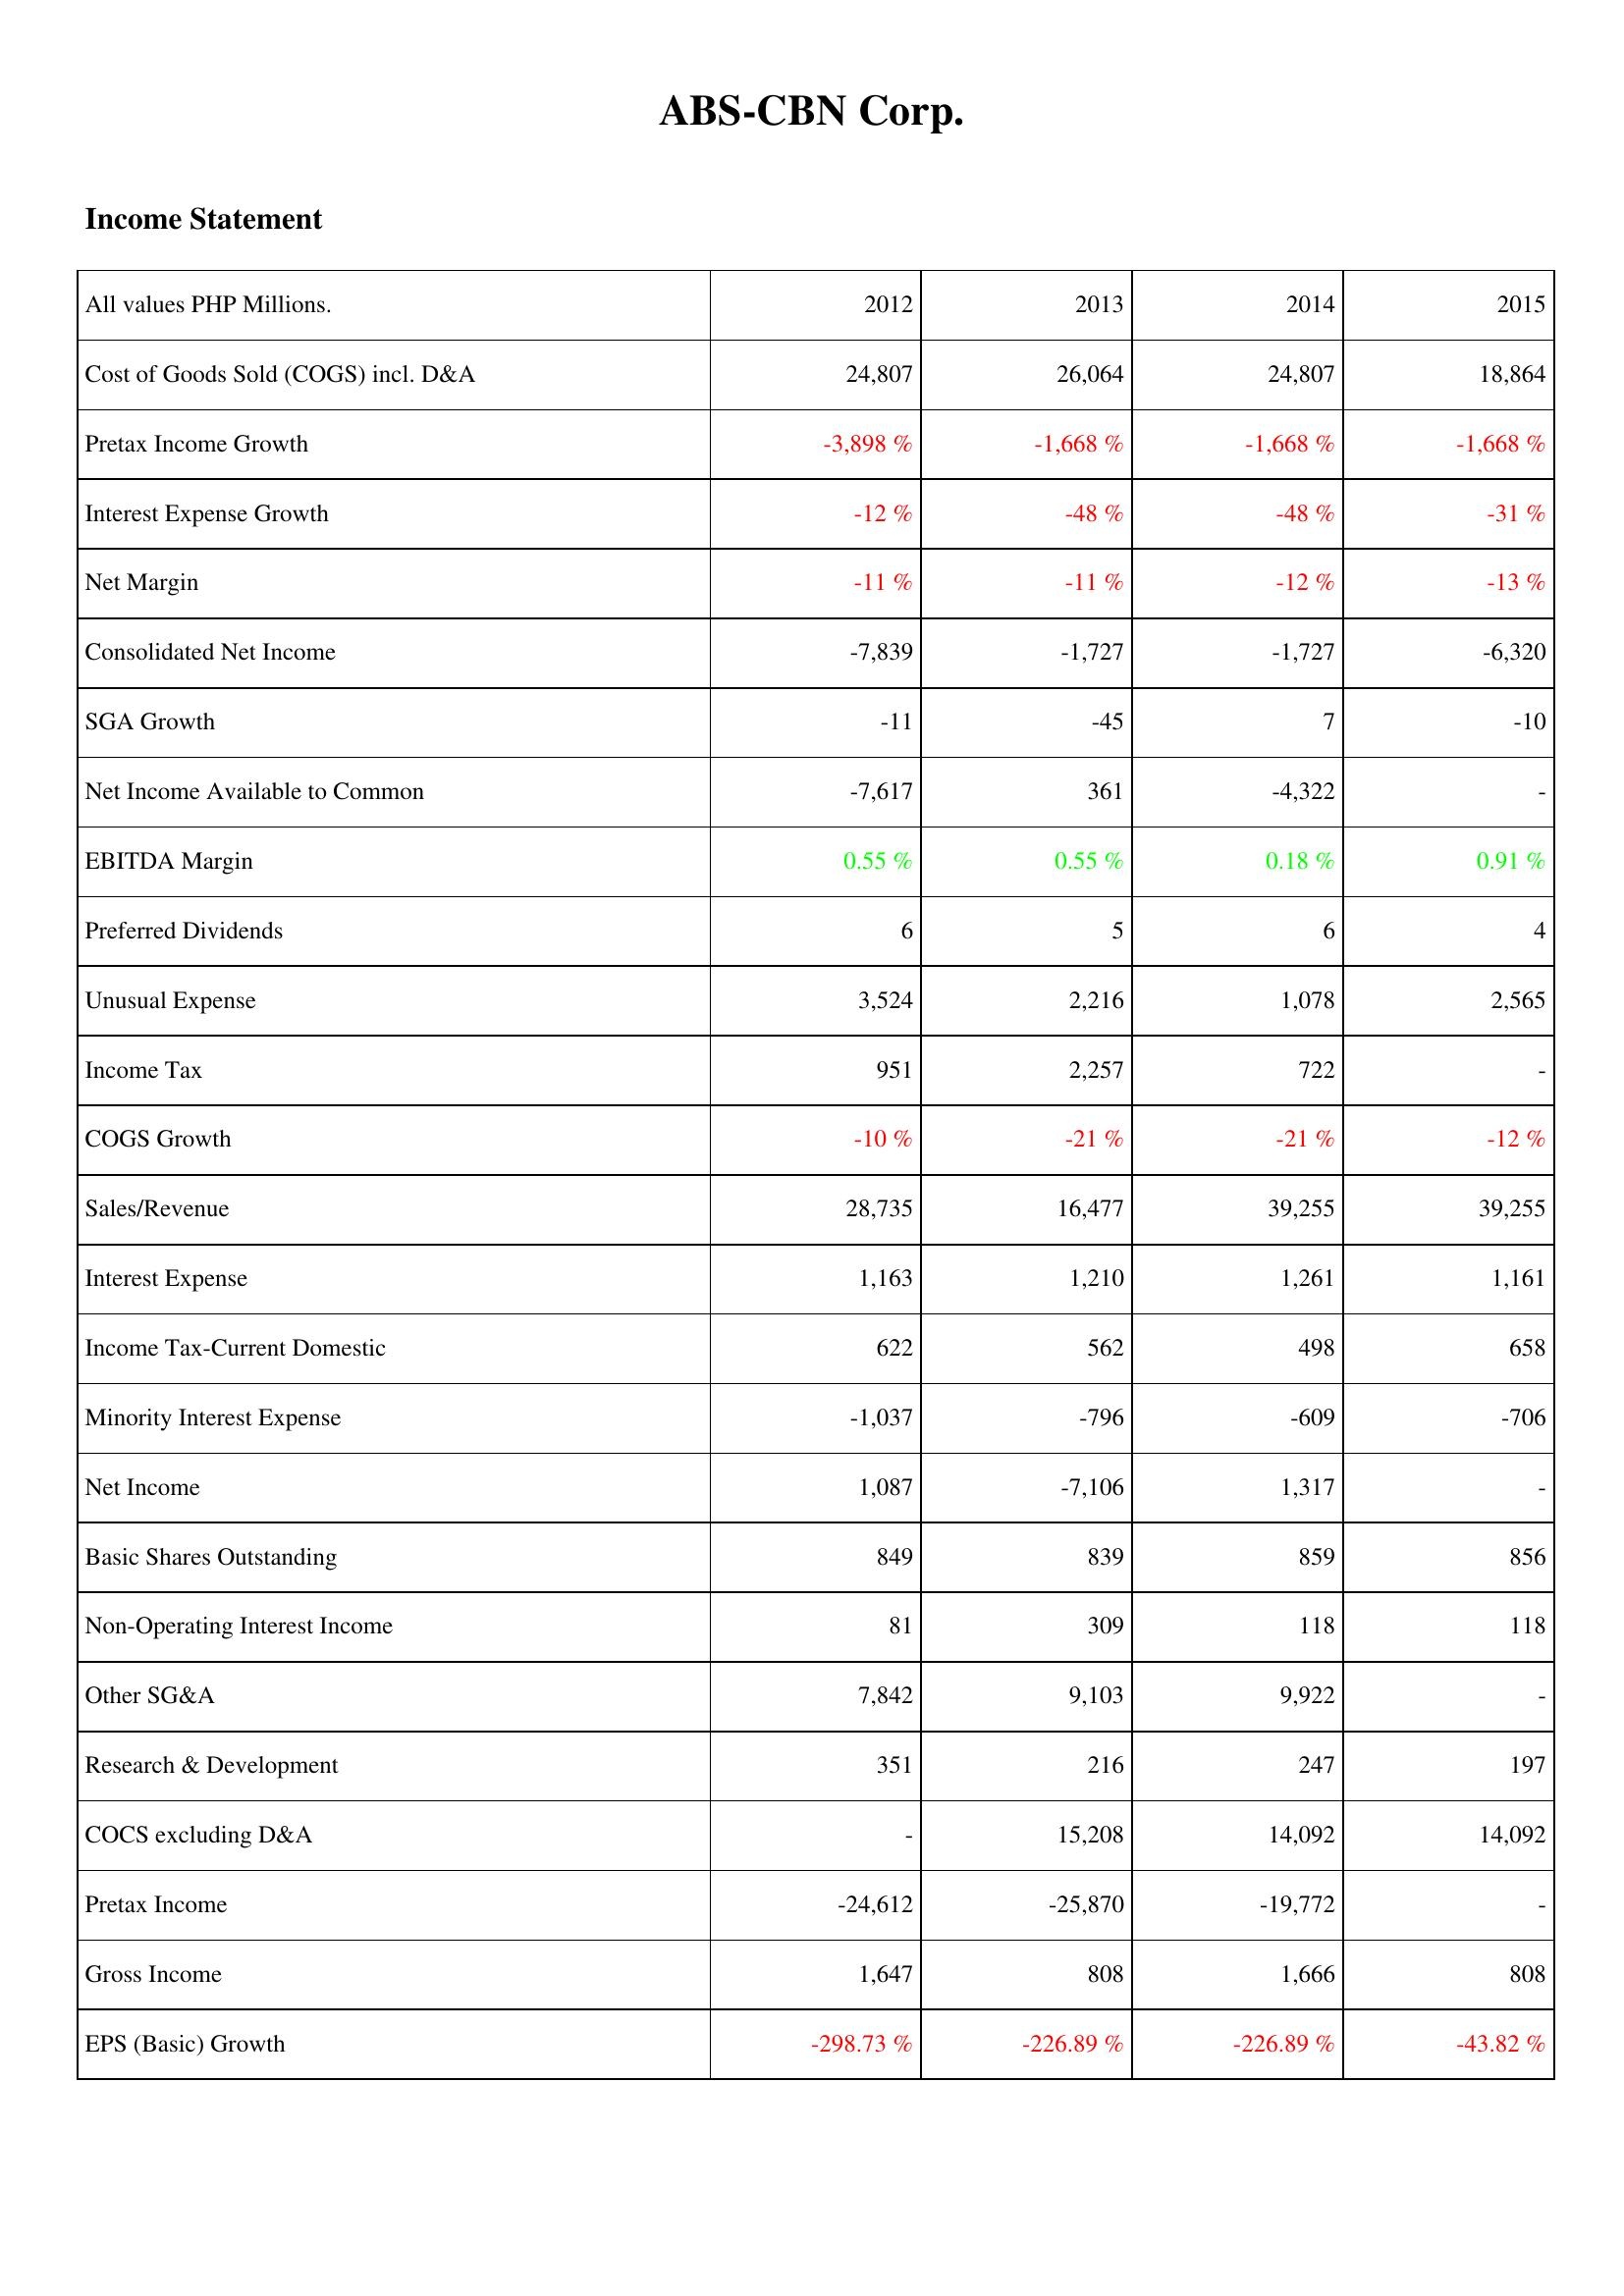
2012: Income Statement: Cost of Goods Sold (COGS) incl. D&A: 24,807
Pretax Income Growth: -3,898 %
Interest Expense Growth: -12 %
Net Margin: -11 %
Consolidated Net Income: -7,839
SGA Growth: -11
Net Income Available to Common: -7,617
EBITDA Margin: 0.55 %
Preferred Dividends: 6
Unusual Expense: 3,524
Income Tax: 951
COGS Growth: -10 %
Sales/Revenue: 28,735
Interest Expense: 1,163
Income Tax-Current Domestic: 622
Minority Interest Expense: -1,037
Net Income: 1,087
Basic Shares Outstanding: 849
Non-Operating Interest Income: 81
Other SG&A: 7,842
Research & Development: 351
COCS excluding D&A: -
Pretax Income: -24,612
Gross Income: 1,647
EPS (Basic) Growth: -298.73 %
2013: Income Statement: Cost of Goods Sold (COGS) incl. D&A: 26,064
Pretax Income Growth: -1,668 %
Interest Expense Growth: -48 %
Net Margin: -11 %
Consolidated Net Income: -1,727
SGA Growth: -45
Net Income Available to Common: 361
EBITDA Margin: 0.55 %
Preferred Dividends: 5
Unusual Expense: 2,216
Income Tax: 2,257
COGS Growth: -21 %
Sales/Revenue: 16,477
Interest Expense: 1,210
Income Tax-Current Domestic: 562
Minority Interest Expense: -796
Net Income: -7,106
Basic Shares Outstanding: 839
Non-Operating Interest Income: 309
Other SG&A: 9,103
Research & Development: 216
COCS excluding D&A: 15,208
Pretax Income: -25,870
Gross Income: 808
EPS (Basic) Growth: -226.89 %
2014: Income Statement: Cost of Goods Sold (COGS) incl. D&A: 24,807
Pretax Income Growth: -1,668 %
Interest Expense Growth: -48 %
Net Margin: -12 %
Consolidated Net Income: -1,727
SGA Growth: 7
Net Income Available to Common: -4,322
EBITDA Margin: 0.18 %
Preferred Dividends: 6
Unusual Expense: 1,078
Income Tax: 722
COGS Growth: -21 %
Sales/Revenue: 39,255
Interest Expense: 1,261
Income Tax-Current Domestic: 498
Minority Interest Expense: -609
Net Income: 1,317
Basic Shares Outstanding: 859
Non-Operating Interest Income: 118
Other SG&A: 9,922
Research & Development: 247
COCS excluding D&A: 14,092
Pretax Income: -19,772
Gross Income: 1,666
EPS (Basic) Growth: -226.89 %
2015: Income Statement: Cost of Goods Sold (COGS) incl. D&A: 18,864
Pretax Income Growth: -1,668 %
Interest Expense Growth: -31 %
Net Margin: -13 %
Consolidated Net Income: -6,320
SGA Growth: -10
Net Income Available to Common: -
EBITDA Margin: 0.91 %
Preferred Dividends: 4
Unusual Expense: 2,565
Income Tax: -
COGS Growth: -12 %
Sales/Revenue: 39,255
Interest Expense: 1,161
Income Tax-Current Domestic: 658
Minority Interest Expense: -706
Net Income: -
Basic Shares Outstanding: 856
Non-Operating Interest Income: 118
Other SG&A: -
Research & Development: 197
COCS excluding D&A: 14,092
Pretax Income: -
Gross Income: 808
EPS (Basic) Growth: -43.82 %